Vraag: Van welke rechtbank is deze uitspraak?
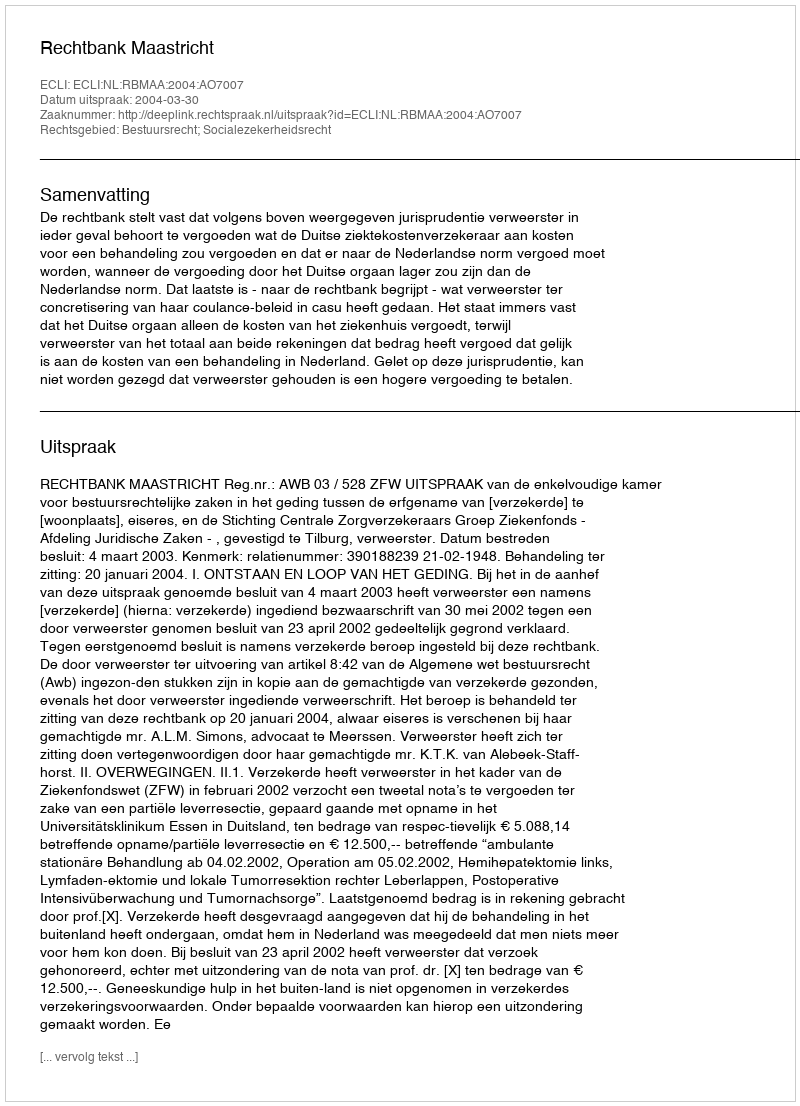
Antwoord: Rechtbank Maastricht